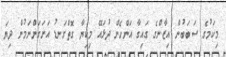
މިކަމުގެ ސަބަބުން އިޒާންގެ ގައިގާ އަންހެން ދުޅައޭ މިކިޔާ ގޮތްގަނޑު އަށަގަންނަމުން ދިޔަ